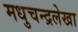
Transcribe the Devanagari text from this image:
मधुचन्द्रलेखा